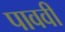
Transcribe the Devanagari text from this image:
पाववी